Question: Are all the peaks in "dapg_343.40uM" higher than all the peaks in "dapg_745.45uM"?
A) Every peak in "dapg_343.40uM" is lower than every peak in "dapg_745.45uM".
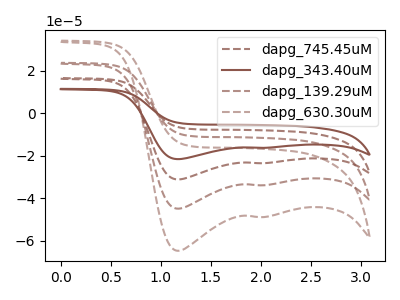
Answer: <think>The brown dashed curve "dapg_745.45uM" has cathodic peaks at (1.15V, -31.15uA) (1.95V, -23.55uA). The brown curve "dapg_343.40uM" has cathodic peaks at (1.15V, -21.65uA) (1.95V, -16.35uA). The brown dashed curve "dapg_139.29uM" has cathodic peaks at (1.15V, -62.35uA) (1.95V, -47.05uA). The brown dashed curve "dapg_630.30uM" has cathodic peaks at (1.15V, -93.50uA) (1.95V, -70.60uA).</think>
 <answer>A) Every peak in "dapg_343.40uM" is lower than every peak in "dapg_745.45uM".</answer>
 <eval>A</eval>